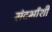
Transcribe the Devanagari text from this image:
संदर्भांशी